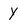
Character: y